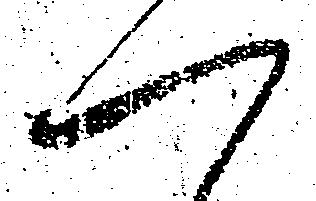
一